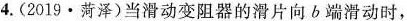
4.(2019·菏泽)当滑动变阻器的滑片向b端滑动时，